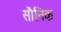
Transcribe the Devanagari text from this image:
सौनिक